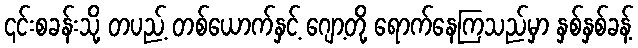
၎င်းစခန်းသို့ တပည့် တစ်ယောက်နှင့် ဂျော့တို့ ရောက်နေကြသည်မှာ နှစ်နှစ်ခန့်